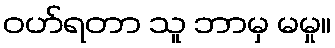
ဝဟ်ရတာ သူ ဘာမှ မမှု။